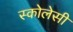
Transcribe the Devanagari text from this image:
स्कोलेसी